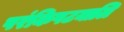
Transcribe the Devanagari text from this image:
परंकिपटयालि